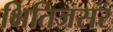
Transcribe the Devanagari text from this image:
क्षितिजसर